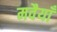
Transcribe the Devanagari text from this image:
मवैयाँ